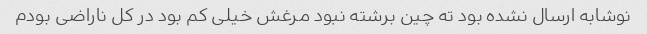
نوشابه ارسال نشده بود ته چین برشته نبود مرغش خیلی کم بود در کل ناراضی بودم